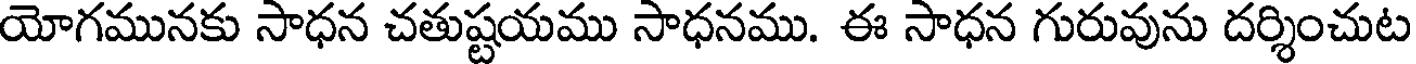
యోగమునకు సాధన చతుష్టయము సాధనము. ఈ సాధన గురువును దర్శించుట